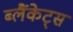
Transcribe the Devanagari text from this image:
ब्लैंकेट्स